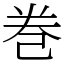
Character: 巻